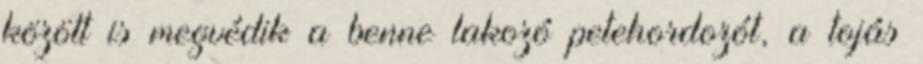
között is megvédik a benne lakozó petehordozót, a tojás